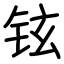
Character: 铉